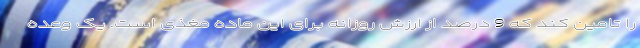
را تامین کند که 9 درصد از ارزش روزانه برای این ماده مغذی است. یک وعده